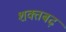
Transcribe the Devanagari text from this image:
शक्तबढ़